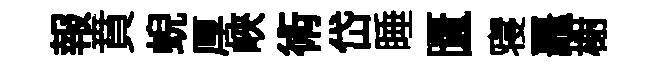
報賁蜺厚峽術岱睡匱寝鼉榭